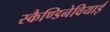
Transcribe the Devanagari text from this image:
स्कैण्डिनेवियाई